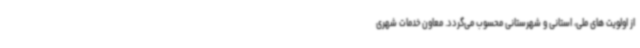
از اولویت های ملی، استانی و شهرستانی محسوب می‌گردد. معاون خدمات شهری